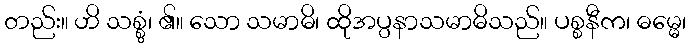
တည်း။ ဟိ သစ္စွံ၊ ၏။ သော သမာဓိ၊ ထိုအပ္ပနာသမာဓိသည်။ ပစ္စနီက၊ ဓမ္မေ၊